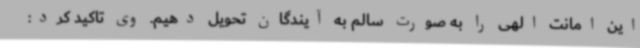
این امانت الهی را به صورت سالم به آیندگان تحویل دهیم. وی تاکید کرد: